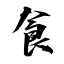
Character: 食